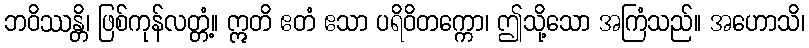
ဘဝိဿန္တိ၊ ဖြစ်ကုန်လတ္တံ့။ ဣတိ ဧတံ ဧသာ ပရိဝိတက္ကော၊ ဤသို့သော အကြံသည်။ အဟောသိ၊